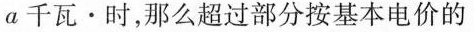
a千瓦 \cdot 时，那么超过部分按基本电价的